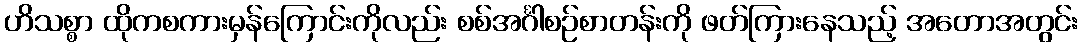
ဟိသစ္စာ ထိုကစကားမှန်ကြောင်းကိုလည်း စစ်အင်္ဂါစဉ်စာတန်းကို ဖတ်ကြားနေသည့် အတောအတွင်း